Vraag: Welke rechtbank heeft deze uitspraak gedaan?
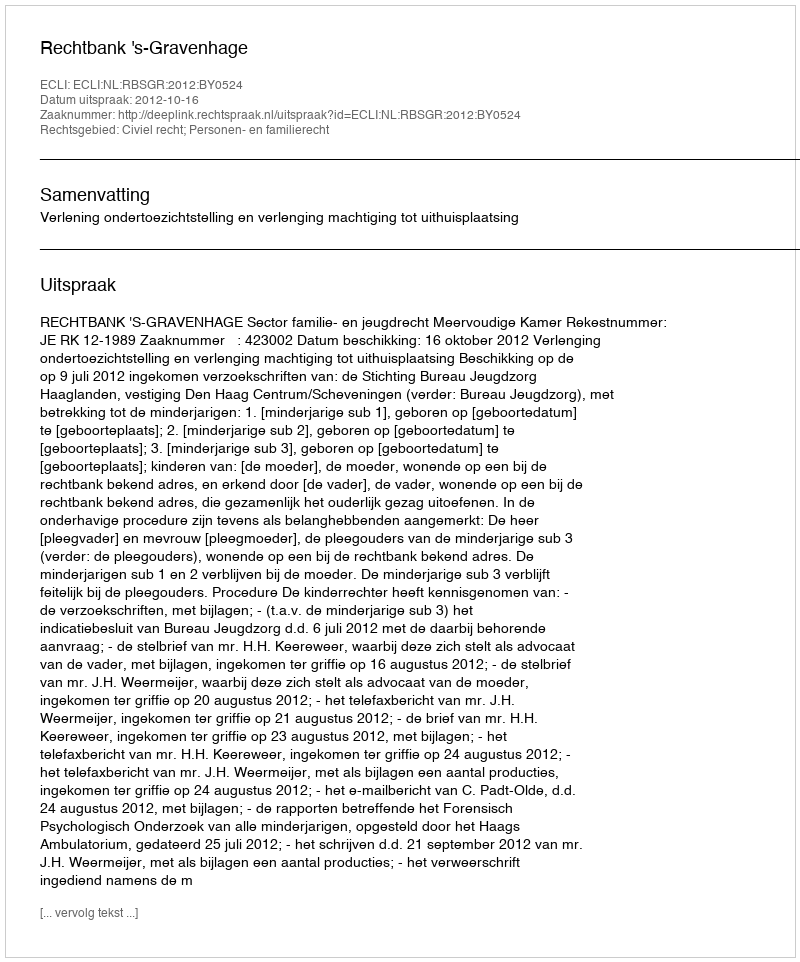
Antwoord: Rechtbank 's-Gravenhage